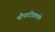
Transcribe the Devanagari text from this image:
चौपाटीप्रमाणे